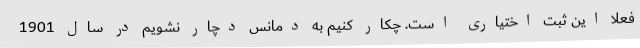
فعلا این ثبت اختیاری است. چکار کنیم به دمانس دچار نشویم در سال 1901